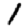
Digit: 1